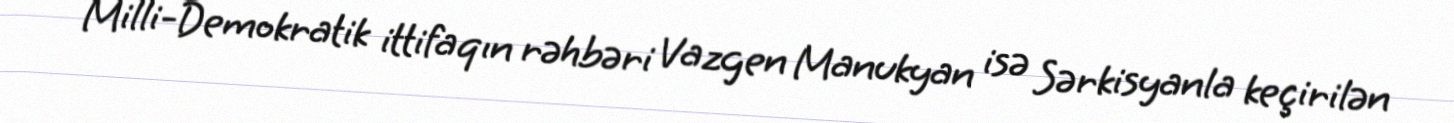
Milli-Demokratik ittifaqın rəhbəri Vazgen Manukyan isə Sərkisyanla keçirilən